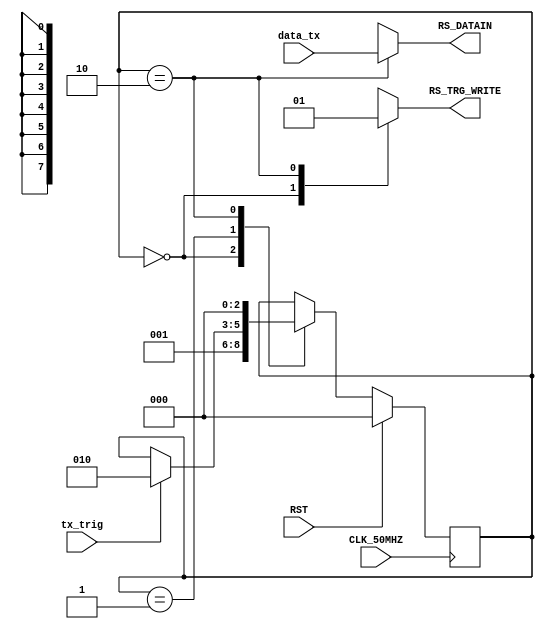
`timescale 1ns / 1ps
//////////////////////////////////////////////////////////////////////////////////
// Company: 
// Engineer: 
// 
// Design Name: 
// Module Name:    manager_tx_fsm 
// Project Name: 
// Target Devices: 
// Tool versions: 
// Description: 
//
// Dependencies: 
//
// Revision: 
// Revision 0.01 - File Created
// Additional Comments: 
//
//////////////////////////////////////////////////////////////////////////////////
module Manager_TX_FSM(
	input CLK_50MHZ,
	input RST,
	input tx_trig,
	input [7:0] data_tx,
	output reg [7:0] RS_DATAIN,
	output reg RS_TRG_WRITE
   );
	
	reg [2:0] state_tx; //TODO 2bits
	localparam [2:0]	IDLE = 3'd0,
							TX_WAITING_TRIG = 3'd1,
							TX_WRITING_DATA = 3'd2;

	always @(posedge CLK_50MHZ) begin
		if(RST) state_tx <= IDLE; // przebieg jalowy dla ustalenia sie state_tx w procesie flasha stanu idle
		else begin
			case (state_tx)
				IDLE: begin
					state_tx <= TX_WAITING_TRIG;
				end
				TX_WAITING_TRIG:
					if( tx_trig )
						state_tx <= TX_WRITING_DATA;
				TX_WRITING_DATA:
					state_tx <= IDLE;
			endcase
		end
	end


	always @* begin
		RS_DATAIN = 8'dX;
		RS_TRG_WRITE = 1'bX;
		case( state_tx )
			IDLE:
				RS_TRG_WRITE = 1'b0;
			TX_WRITING_DATA: begin
				RS_DATAIN = data_tx;
				RS_TRG_WRITE = 1'b1;
			end
		endcase
	end

endmodule